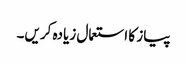
پیاز کا استعمال زیادہ کریں۔